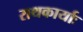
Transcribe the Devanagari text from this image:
राथकार्याः